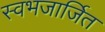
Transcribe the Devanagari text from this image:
स्वभजार्जित